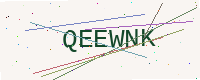
Text: QEEWNK